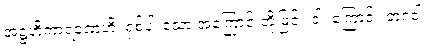
အဋ္ဌဟိကာရဏေဟိ၊ ရှစ်ပါးသော အကြောင်းတို့ဖြင့်။ ဝါ၊ ကြောင့်။ ဘဂဝါ၊